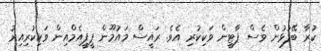
ކުރާ ބޭފުޅުން ވެސް ޕާޓީން ވަކިކުރި އެވެ. ރައީސް މައުމޫން ޕީޕީއެމްއިން ވަކިކުރިއިރު